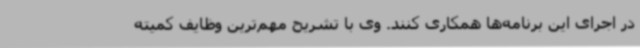
در اجرای این برنامه‌ها همکاری کنند. وی با تشریح مهم‌ترین وظایف کمیته